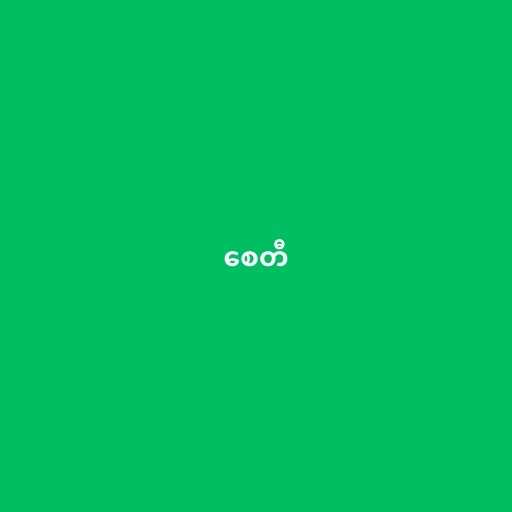
စေတီ